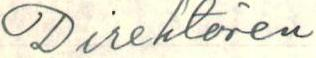
Direktören